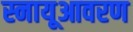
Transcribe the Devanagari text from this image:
स्नायूआवरण